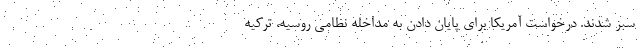
سبز شدند. درخواست آمریکا برای پایان دادن به مداخله نظامی روسیه، ترکیه